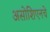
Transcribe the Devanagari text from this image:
असोशिएनचे